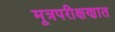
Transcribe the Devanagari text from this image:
मूत्रपरीक्षणात